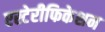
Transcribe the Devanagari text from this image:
एस्टेरीफिकेशन